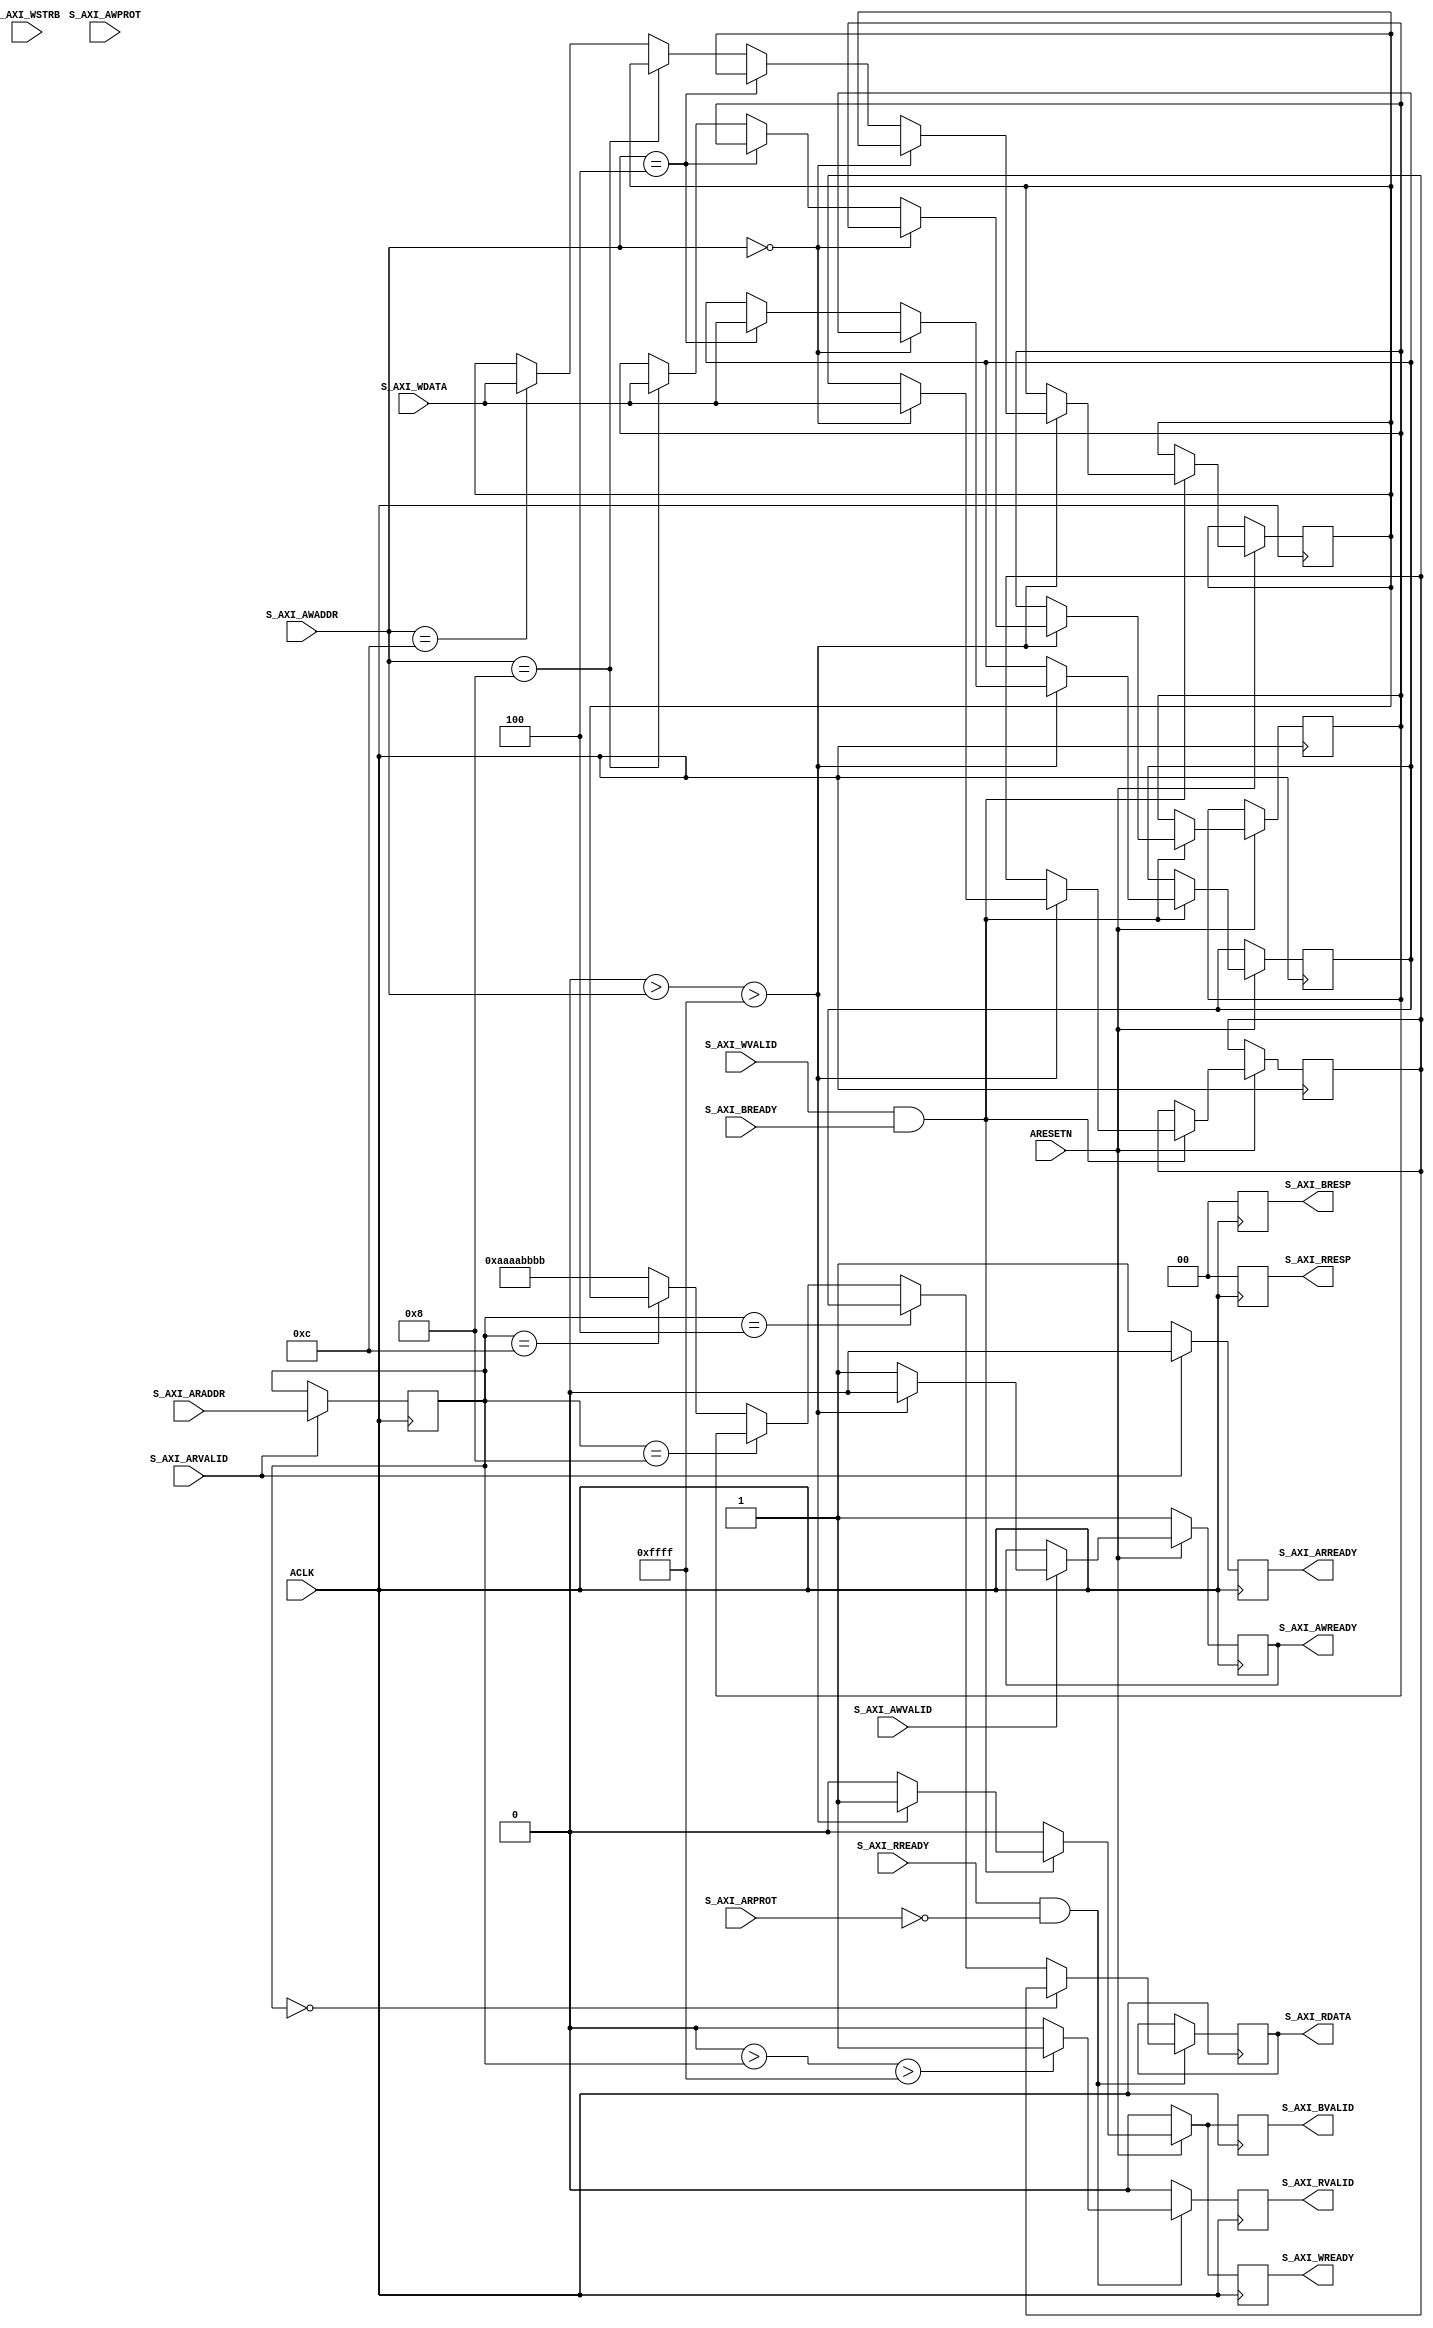
//-----------------------------------------------------------------------------
//-- (c) Copyright 2010 Xilinx, Inc. All rights reserved.
//--
//-- This file contains confidential and proprietary information
//-- of Xilinx, Inc. and is protected under U.S. and
//-- international copyright and other intellectual property
//-- laws.
//--
//-- DISCLAIMER
//-- This disclaimer is not a license and does not grant any
//-- rights to the materials distributed herewith. Except as
//-- otherwise provided in a valid license issued to you by
//-- Xilinx, and to the maximum extent permitted by applicable
//-- law: (1) THESE MATERIALS ARE MADE AVAILABLE "AS IS" AND
//-- WITH ALL FAULTS, AND XILINX HEREBY DISCLAIMS ALL WARRANTIES
//-- AND CONDITIONS, EXPRESS, IMPLIED, OR STATUTORY, INCLUDING
//-- BUT NOT LIMITED TO WARRANTIES OF MERCHANTABILITY, NON-
//-- INFRINGEMENT, OR FITNESS FOR ANY PARTICULAR PURPOSE; and
//-- (2) Xilinx shall not be liable (whether in contract or tort,
//-- including negligence, or under any other theory of
//-- liability) for any loss or damage of any kind or nature
//-- related to, arising under or in connection with these
//-- materials, including for any direct, or any indirect,
//-- special, incidental, or consequential loss or damage
//-- (including loss of data, profits, goodwill, or any type of
//-- loss or damage suffered as a result of any action brought
//-- by a third party) even if such damage or loss was
//-- reasonably foreseeable or Xilinx had been advised of the
//-- possibility of the same.
//--
//-- CRITICAL APPLICATIONS
//-- Xilinx products are not designed or intended to be fail-
//-- safe, or for use in any application requiring fail-safe
//-- performance, such as life-support or safety devices or
//-- systems, Class III medical devices, nuclear facilities,
//-- applications related to the deployment of airbags, or any
//-- other applications that could lead to death, personal
//-- injury, or severe property or environmental damage
//-- (individually and collectively, "Critical
//-- Applications"). Customer assumes the sole risk and
//-- liability of any use of Xilinx products in Critical
//-- Applications, subject only to applicable laws and
//-- regulations governing limitations on product liability.
//--
//-- THIS COPYRIGHT NOTICE AND DISCLAIMER MUST BE RETAINED AS
//-- PART OF THIS FILE AT ALL TIMES.
//-----------------------------------------------------------------------------
//
// AXI Lite Slave
//
// Verilog-standard:  Verilog 2001
//--------------------------------------------------------------------------
//
// Structure:
//   axi_lite_slave
//
//--------------------------------------------------------------------------

`timescale 1ns/1ps

module axi_lite_slave #
  (
   parameter integer C_S_AXI_BASE_ADDR            = 32'h0000_0000,
   parameter integer C_S_AXI_HIGH_ADDR            = 32'h0000_FFFF,
   parameter integer C_S_AXI_ADDR_WIDTH            = 32,
   parameter integer C_S_AXI_DATA_WIDTH            = 32
   )
  (
   // System Signals
   input wire ACLK,
   input wire ARESETN,

   // Slave Interface Write Address Ports
   input  wire [C_S_AXI_ADDR_WIDTH-1:0] S_AXI_AWADDR,
   input  wire [3-1:0]                  S_AXI_AWPROT,
   input  wire                          S_AXI_AWVALID,
   output wire                          S_AXI_AWREADY,

   // Slave Interface Write Data Ports
   input  wire [C_S_AXI_DATA_WIDTH-1:0]   S_AXI_WDATA,
   input  wire [C_S_AXI_DATA_WIDTH/8-1:0] S_AXI_WSTRB,
   input  wire                          S_AXI_WVALID,
   output wire                          S_AXI_WREADY,

   // Slave Interface Write Response Ports
   output wire [2-1:0]                 S_AXI_BRESP,
   output wire                         S_AXI_BVALID,
   input  wire                         S_AXI_BREADY,

   // Slave Interface Read Address Ports
   input  wire [C_S_AXI_ADDR_WIDTH-1:0]   S_AXI_ARADDR,
   input  wire [3-1:0]                  S_AXI_ARPROT,
   input  wire                          S_AXI_ARVALID,
   output wire                          S_AXI_ARREADY,

   // Slave Interface Read Data Ports
   output wire [C_S_AXI_DATA_WIDTH-1:0]  S_AXI_RDATA,
   output wire [2-1:0]                 S_AXI_RRESP,
   output wire                         S_AXI_RVALID,
   input  wire                         S_AXI_RREADY
   
  );

    reg        [C_S_AXI_DATA_WIDTH-1 : 0]           slv_reg0;
    reg        [C_S_AXI_DATA_WIDTH-1 : 0]           slv_reg1;
    reg        [C_S_AXI_DATA_WIDTH-1 : 0]           slv_reg2;
    reg        [C_S_AXI_DATA_WIDTH-1 : 0]           slv_reg3;
    reg        [C_S_AXI_DATA_WIDTH-1 : 0]           slv_reg0_addr = C_S_AXI_BASE_ADDR;
    reg        [C_S_AXI_DATA_WIDTH-1 : 0]           slv_reg1_addr = C_S_AXI_BASE_ADDR + 4;
    reg        [C_S_AXI_DATA_WIDTH-1 : 0]           slv_reg2_addr = C_S_AXI_BASE_ADDR + 8;
    reg        [C_S_AXI_DATA_WIDTH-1 : 0]           slv_reg3_addr = C_S_AXI_BASE_ADDR + 12;
	reg [31:0] read_address ;
	reg	   arready ;
	reg [1:0]   rresp;
	reg	    rvalid;
	reg [31:0] rdata;

	//reg [31:0] write_address = S_AXI_AWADDR ;
	reg	   awready ;
	reg [1:0]   bresp;
	//reg	    wvalid;
	//reg [31:0] wdata =  S_AXI_WDATA;;
	reg  wready;
	reg  bvalid;
	//reg  arvalid;
	assign S_AXI_AWREADY = awready ;
	assign S_AXI_ARREADY = arready ;
	assign S_AXI_RRESP = rresp;
	assign S_AXI_RVALID = rvalid;
	assign S_AXI_RDATA = rdata;
	assign S_AXI_WREADY = wready;
	assign S_AXI_BVALID = bvalid;
	//assign S_AXI_ARVALID = arvalid;

	assign S_AXI_BRESP = bresp;
	//assign S_AXI_WVALID = wvalid;

	//Write Address channel
	always @ (posedge ACLK)
	begin

	  if (ARESETN == 1'b0)
	  begin
		awready <= 1'b1;
		//write_address 	<= write_address;
	  end
	  else if(S_AXI_AWVALID==1'b1)
	  begin
	  if(( C_S_AXI_BASE_ADDR >  S_AXI_AWADDR > C_S_AXI_HIGH_ADDR ))
		begin
		awready <= 1'b0;
		//write_address 	<= S_AXI_AWADDR;
		end
		else
		begin
		awready <= 1'b1;
		//write_address 	<= write_address;
		end

	  end
	end
	//Write Data Channel
	always @ (posedge ACLK)
	begin

	  if (ARESETN == 1'b0)
		begin
		wready <= 1'b0;
		bresp <= 2'b00; //OKAY
		bvalid <= 1'b0;
		end
	  else if(S_AXI_WVALID==1'b1 && S_AXI_BREADY == 1'b1)
	  begin
		if(( C_S_AXI_BASE_ADDR >  S_AXI_AWADDR > C_S_AXI_HIGH_ADDR ))
		begin
		case ( S_AXI_AWADDR)
		slv_reg0_addr:
		slv_reg0 <=  S_AXI_WDATA;
		slv_reg1_addr:
		slv_reg1 <=  S_AXI_WDATA;
		slv_reg2_addr:
		slv_reg2 <=  S_AXI_WDATA;
		slv_reg3_addr:
		slv_reg3 <=  S_AXI_WDATA;
		default
		begin
		bresp <= 2'b11; //SLAVE ERROR(SLVERR)
		end
		endcase
				wready <= 1'b1;
		bresp <= 2'b00; //OKAY
		bvalid <= 1'b1;
		end
		else
		begin
		wready <= 1'b0;
		bresp <= 2'b00; //OKAY
		bvalid <= 1'b0;
		end
	  end
	  else
	  begin
	  wready <= 1'b0;
	  bresp <= 2'b00; //OKAY
	  bvalid <= 1'b0;
	  end
	end
	//Read Address Channel
	always @ (posedge ACLK)
	begin
		if(S_AXI_ARVALID== 1'b1)
		begin
			read_address 	<= S_AXI_ARADDR;
			arready  	<= 1'b0 ;
		end
		else
		begin
			read_address <= read_address ;
			arready  	<= 1'b1 ;
		end
		
	end
	//Read Data Channel
	always @ (posedge ACLK)
	begin
	  if(S_AXI_RREADY == 1'b1 && S_AXI_ARPROT==3'b000)
	  begin
		if(( C_S_AXI_BASE_ADDR > read_address > C_S_AXI_HIGH_ADDR ))
		begin
		rvalid <= 1'b1;
		rresp <= 2'b00; //OKAY
		end
		else
		begin
		rvalid <= 1'b0;
		rresp <= 2'b00; //OKAY
		end

		case (read_address)
		slv_reg0_addr:
		rdata <= slv_reg0;
		slv_reg1_addr:
		rdata <= slv_reg1;
		slv_reg2_addr:
		rdata <= slv_reg2;
		slv_reg3_addr:
		rdata <= slv_reg3;
		default
		begin
		rdata <= 32'hAAAA_BBBB;
		end
		endcase
	  end
	  else
	  begin
		rvalid <= 1'b0;
		rresp <= 2'b00; //OKAY
	  end
	end

endmodule